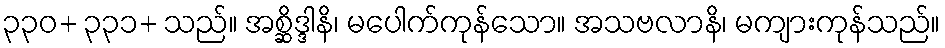
၃၃၀+ ၃၃၁+ သည်။ အစ္ဆိဒ္ဒါနိ၊ မပေါက်ကုန်သော။ အသဗလာနိ၊ မကျားကုန်သည်။